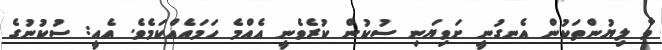
ވާ ލިޔުންތަކުން އެނގުނީ ށަވިޔަނި ސުކުން ކުރެވެނީ އެއްމެ ހަމައެއްކަމެވެ. އެއީ: ސުކުނުގެ